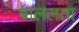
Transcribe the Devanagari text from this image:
बाललता